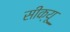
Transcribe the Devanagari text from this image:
सीक्यू